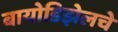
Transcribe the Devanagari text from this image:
बायोडिझेलचे